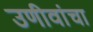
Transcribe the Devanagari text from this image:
उणीवांचा